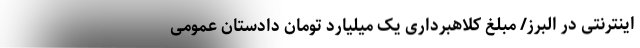
اینترنتی در البرز/ مبلغ کلاهبرداری یک میلیارد تومان دادستان عمومی